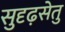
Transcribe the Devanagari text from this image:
सुदृढ़सेतु